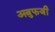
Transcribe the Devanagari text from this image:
अबुफजी